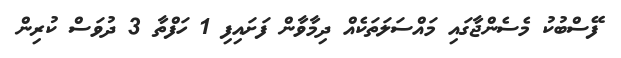
ފޭސްބުކު މެސެންޖާގައި މައްސަލަތަކެއް ދިމާވާން ފަށައިފި 1 ހަފްތާ 3 ދުވަސް ކުރިން